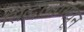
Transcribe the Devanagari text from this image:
सिद्धान्तामधून